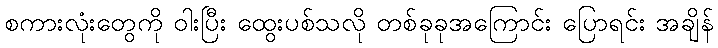
စကားလုံးတွေကို ဝါးပြီး ထွေးပစ်သလို တစ်ခုခုအကြောင်း ပြောရင်း အချိန်